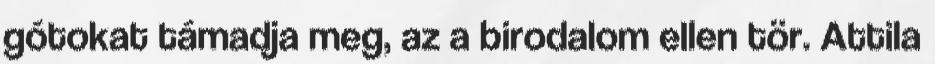
gótokat támadja meg, az a birodalom ellen tör. Attila